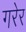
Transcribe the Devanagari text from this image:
गरेर